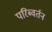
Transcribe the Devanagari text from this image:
परिब्वर्तन